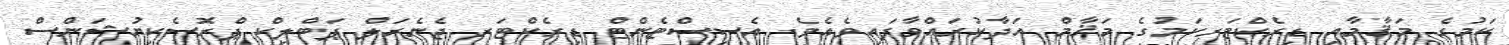
ކަމުގެ މަޤާމާއި ޑިރެކްޓަރކަމުގެ މަޤާމް އަދާކުރައްވާފައިވެއެވެ. އެސިސްޓެންޓް ޑިރެކްޓަރ ޖެނެރަލް ޕަބްލިކް ޕްރޮސެކިޔުޝަންސް